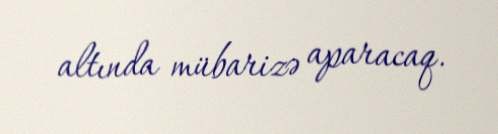
altında mübarizə aparacaq.